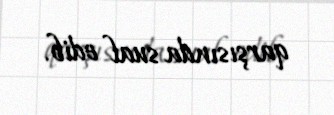
qarşısında sual edib.